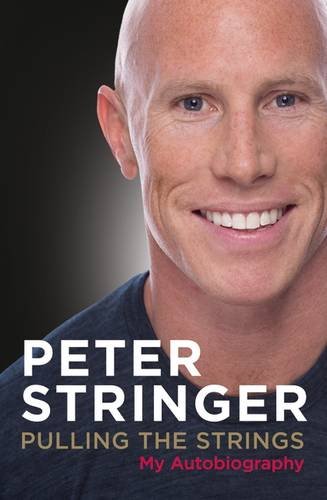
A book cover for Pulling the Strings: My Autobiography; Peter Stringer; Sports & Outdoors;